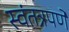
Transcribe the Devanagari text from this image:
स्वंतत्रपणे